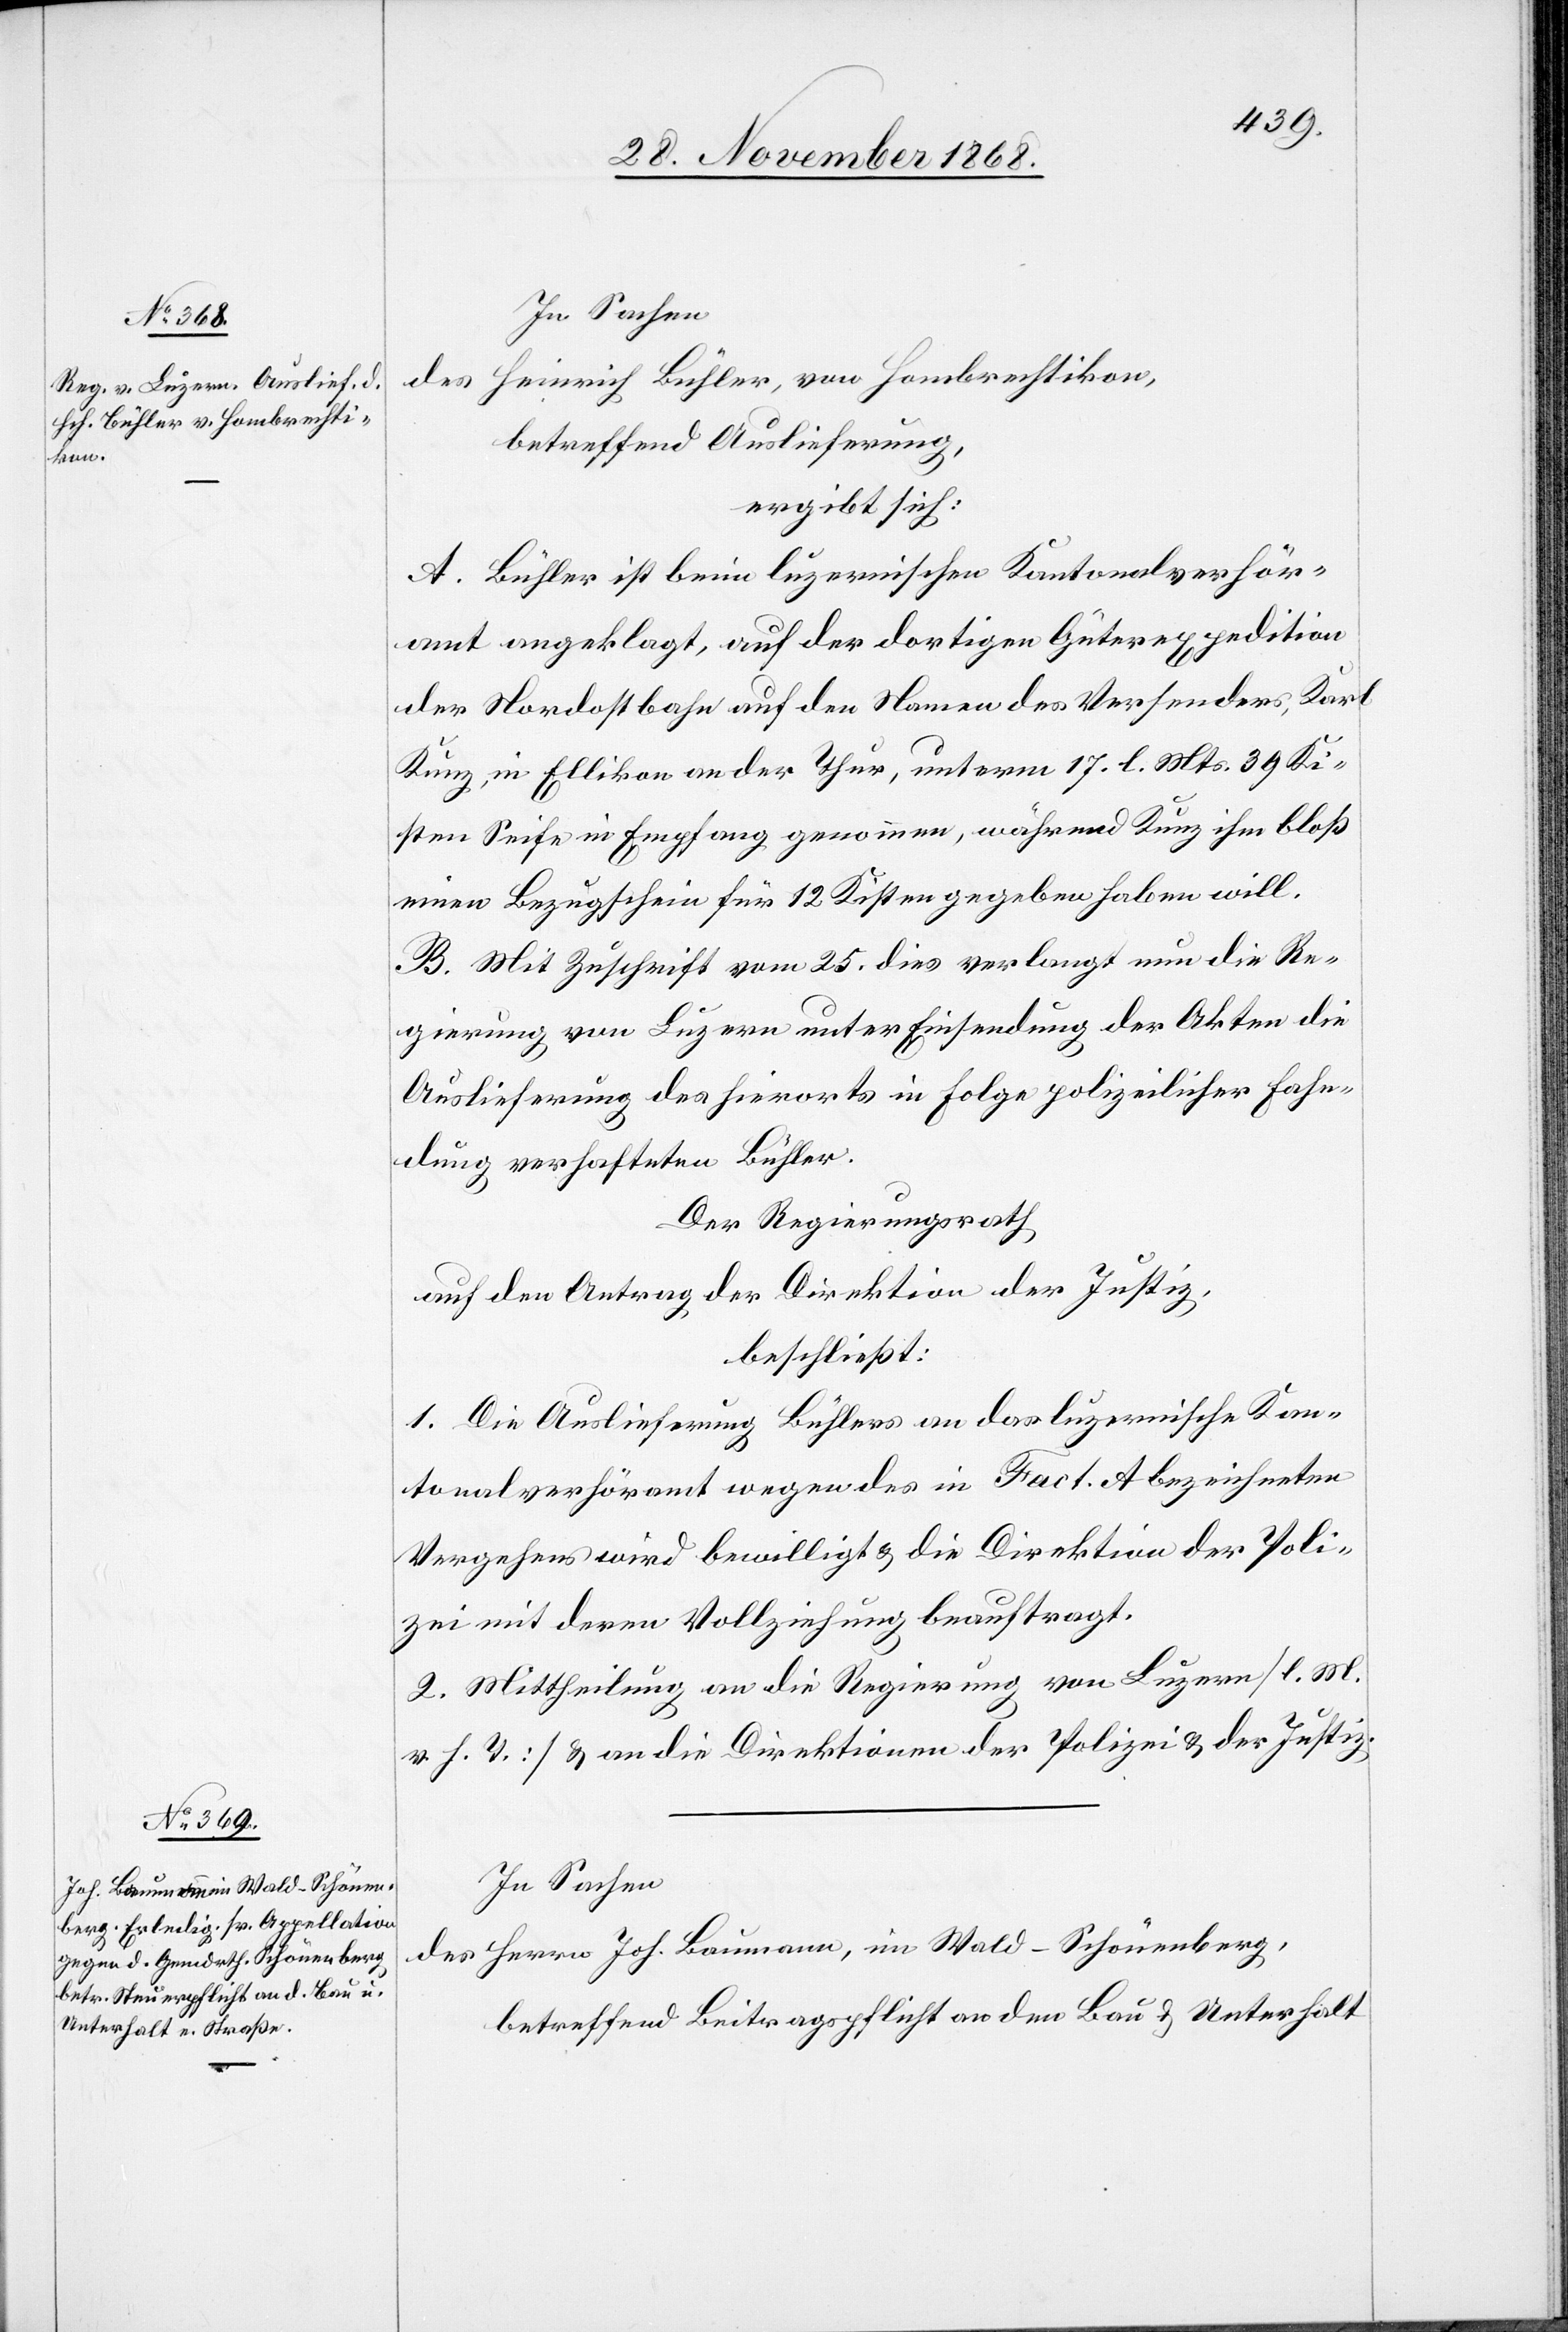
In Sachen
des Heinrich Bühler, von Hombrechtikon,
betreffend Auslieferung,
ergibt sich:
A. Bühler ist beim luzernischen Kantonalverhör¬
amt angeklagt, auf der dortigen Güterexpedition
der Nordostbahn auf den Namen des Versenders, Karl
Kunz, in Ellikon an der Thur, unterm 17. l. Mts. 39 Ki¬
sten Seife in Empfang genommen, während Kunz ihm bloß
einen Bezugschein für 12 Kisten gegeben haben will.
B. Mit Zuschrift vom 25. dies verlangt nun die Re¬
gierung von Luzern unter Einsendung der Akten die
Auslieferung des hierorts in Folge polizeilicher Fahn¬
dung verhafteten Bühler.
Der Regierungsrath
auf den Antrag der Direktion der Justiz,
beschließt:
1. Die Auslieferung Bühlers an das luzernische Kan¬
tonalverhöramt wegen des in Fact. A bezeichneten
Vergehens wird bewilligt & die Direktion der Poli¬
zei mit deren Vollziehung beauftragt.
2. Mittheilung an die Regierung von Luzern [l. M.
v. h. T.] & an die Direktionen der Polizei & der Justiz.
In Sachen
des Herrn Joh. Baumann, im Wald - Schönenberg,
betreffend Beitragspflicht an den Bau & Unterhalt